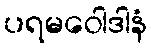
ပရမဝေါဒါနံ